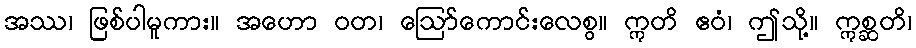
အဿ၊ ဖြစ်ပါမူကား။ အဟော ဝတ၊ ဩော်ကောင်းလေစွ။ ဣတိ ဧဝံ၊ ဤသို့။ ဣစ္ဆတိ၊